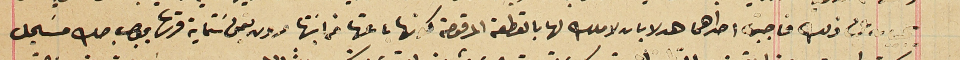
يجيب به عن ذلك فاجبت احداهما هدلا بان لاملك لها بالقطعة المرقومة كونها باعتها من ابنتها مرون بثمن سَتماية قرشاً بموجب صك مسَجل